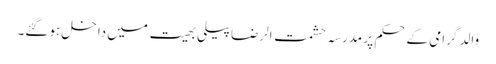
والد گرامی کےحکم پر مدرسہ حشمت الرضا پیلی بھیت میں داخل ہوگئے۔